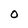
Character: O